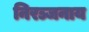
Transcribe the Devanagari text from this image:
निरञ्जनाय